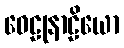
ဝေဠုနာဠိယော